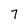
Character: 7